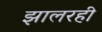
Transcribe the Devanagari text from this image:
झालरही